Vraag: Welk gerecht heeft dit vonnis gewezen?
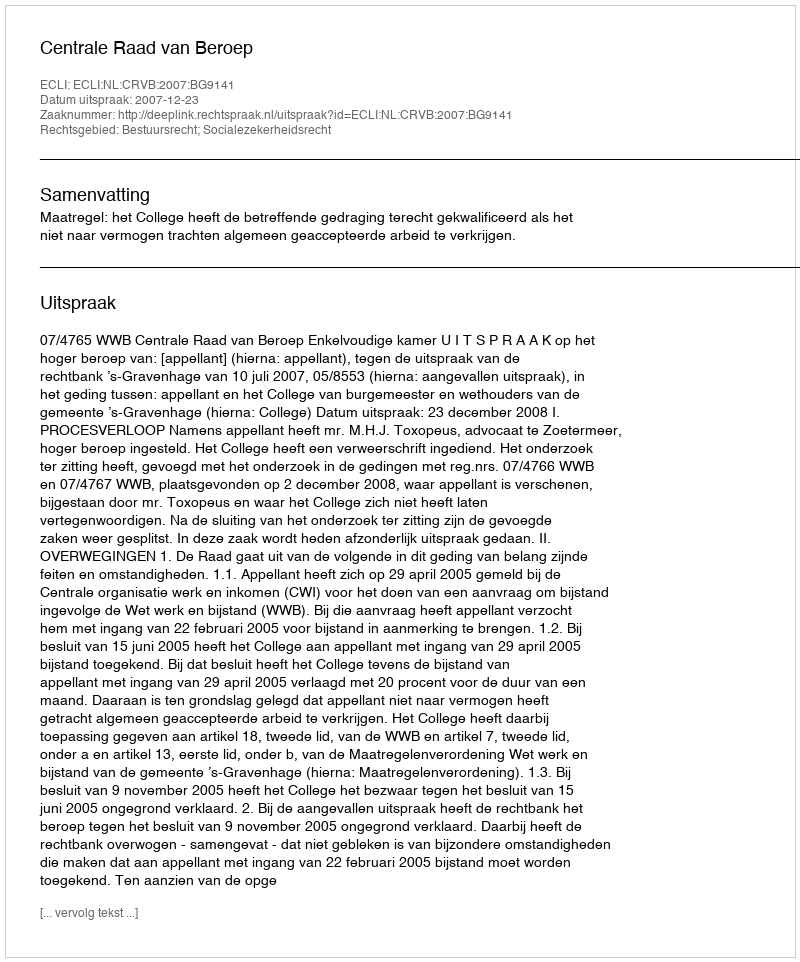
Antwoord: Centrale Raad van Beroep